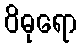
ဝိဓုရော